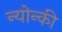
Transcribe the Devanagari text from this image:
न्योन्की